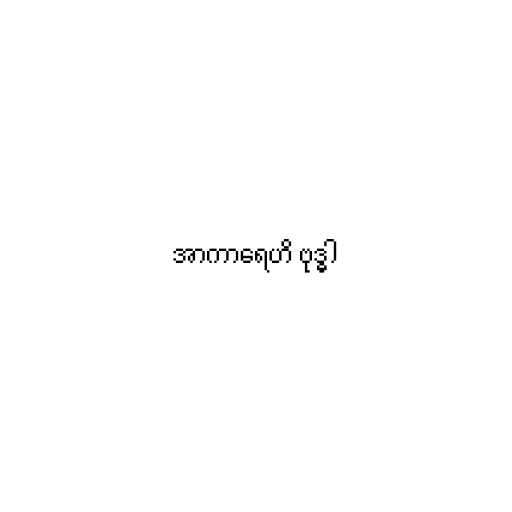
အာကာရေဟိ ဗုဒ္ဓါ